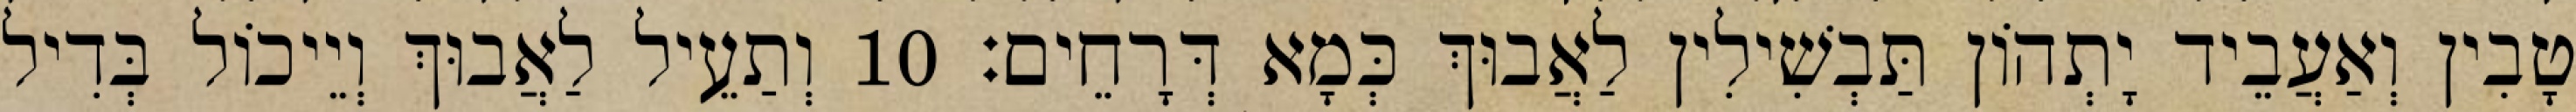
טָבִין וְאַעֲבֵיד יָתְהוֹן תַּבְשִׁילִין לַאֲבוּךְ כְּמָא דְּרָחֵים׃ 10 וְתַעֵיל לַאֲבוּךְ וְיֵיכוֹל בְּדִיל